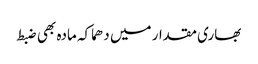
بھاری مقدار میں دھماکہ مادہ بھی ضبط